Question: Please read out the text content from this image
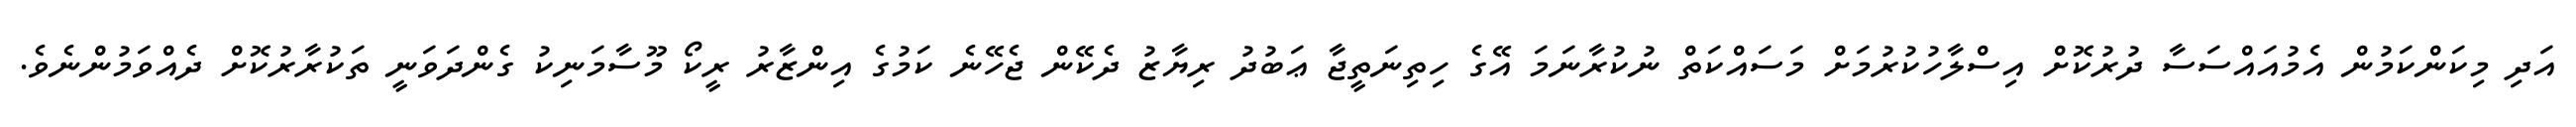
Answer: އަދި މިކަންކަމުން އެމުއައްސަސާ ދުރުކޮށް އިސްލާހުކުރުމަށް މަސައްކަތް ނުކުރާނަމަ އޭގެ ހިތިނަތީޖާ ޢަބުދު ރިޔާޒު ދެކޭން ޖެހޭނެ ކަމުގެ އިންޒާރު ރީކޯ މޫސާމަނިކު ގެންދަވަނީ ތަކުރާރުކޮށް ދެއްވަމުންނެވެ.